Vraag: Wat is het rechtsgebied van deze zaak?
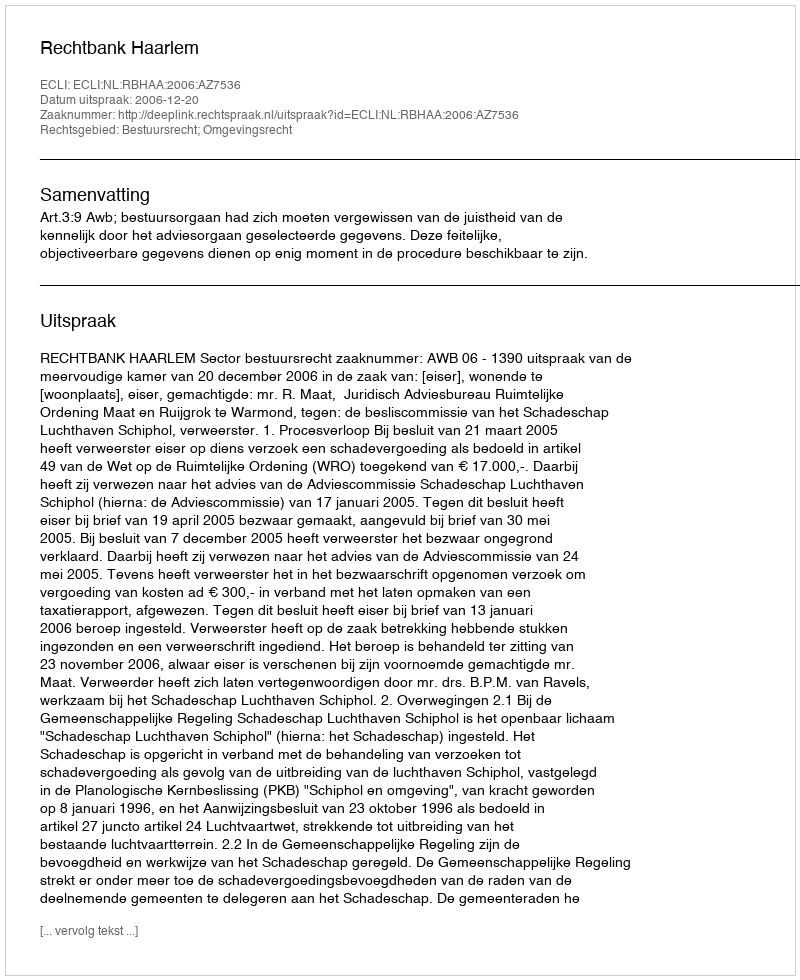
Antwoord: Bestuursrecht; Omgevingsrecht